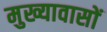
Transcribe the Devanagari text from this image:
मुख्यावासों